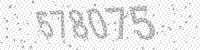
Solution: 578075